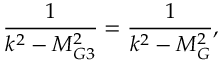
\frac { 1 } { k ^ { 2 } - M _ { G 3 } ^ { 2 } } = \frac { 1 } { k ^ { 2 } - M _ { G } ^ { 2 } } ,